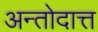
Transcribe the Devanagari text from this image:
अन्तोदात्त